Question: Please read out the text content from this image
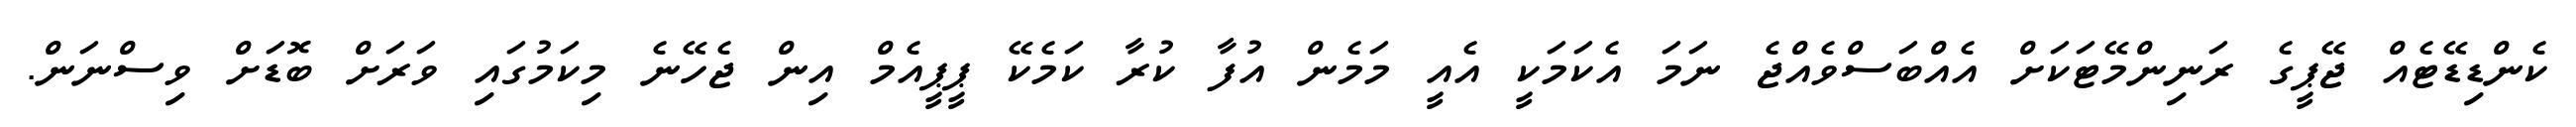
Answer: ކެންޑިޑޭޓެއް ޖޭޕީގެ ރަނިންމޭޓަކަށް އެއްބަސްވެއްޖެ ނަމަ އެކަމަކީ އެއީ މަމެން އުފާ ކުރާ ކަމެކޭ ޕީޕީއެމް އިން ޖެހޭނެ މިކަމުގައި ވަރަށް ބޮޑަށް ވިސްނަން.